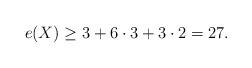
LaTeX: \begin{align*} e(X) \geq 3 + 6\cdot 3 + 3\cdot 2 = 27.\end{align*}